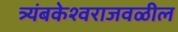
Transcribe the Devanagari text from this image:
त्र्यंबकेश्वराजवळील